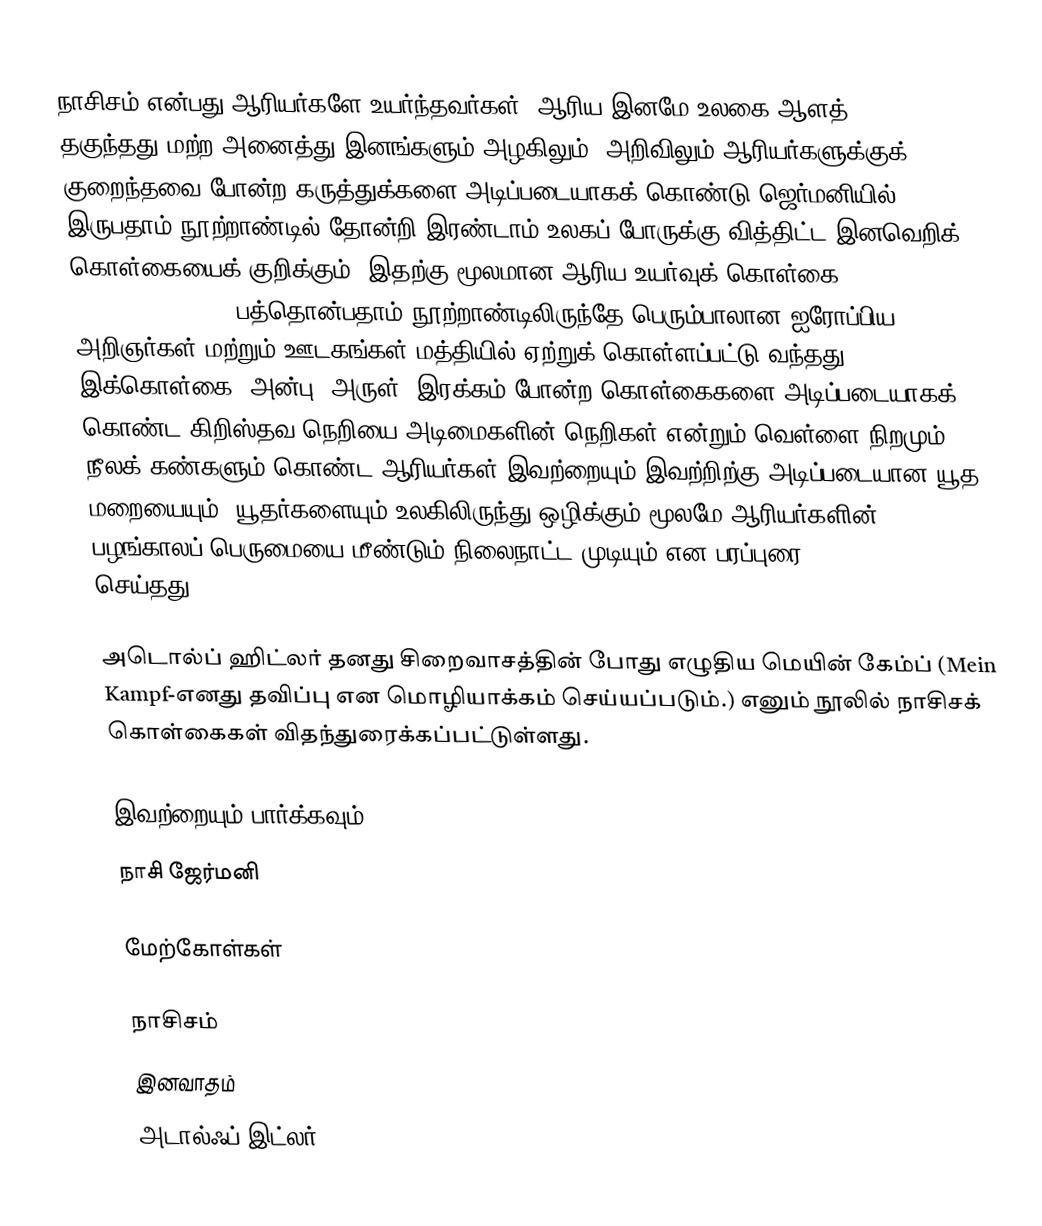
நாசிசம் என்பது ஆரியர்களே உயர்ந்தவர்கள், ஆரிய இனமே உலகை ஆளத் தகுந்தது;மற்ற அனைத்து இனங்களும் அழகிலும், அறிவிலும் ஆரியர்களுக்குக் குறைந்தவை போன்ற கருத்துக்களை அடிப்படையாகக் கொண்டு ஜெர்மனியில் இருபதாம் நூற்றாண்டில் தோன்றி இரண்டாம் உலகப் போருக்கு வித்திட்ட இனவெறிக் கொள்கையைக் குறிக்கும். இதற்கு மூலமான ஆரிய உயர்வுக் கொள்கை(Aryan Supremacy Theory) பத்தொன்பதாம் நூற்றாண்டிலிருந்தே பெரும்பாலான ஐரோப்பிய அறிஞர்கள் மற்றும் ஊடகங்கள் மத்தியில் ஏற்றுக் கொள்ளப்பட்டு வந்தது. இக்கொள்கை, அன்பு, அருள், இரக்கம் போன்ற கொள்கைகளை அடிப்படையாகக் கொண்ட கிறிஸ்தவ நெறியை அடிமைகளின் நெறிகள் என்றும் வெள்ளை நிறமும், நீலக் கண்களும் கொண்ட ஆரியர்கள் இவற்றையும் இவற்றிற்கு அடிப்படையான யூத மறையையும், யூதர்களையும் உலகிலிருந்து ஒழிக்கும் மூலமே ஆரியர்களின் பழங்காலப் பெருமையை மீண்டும் நிலைநாட்ட முடியும் என பரப்புரை(propaganda) செய்தது.

அடொல்ப் ஹிட்லர் தனது சிறைவாசத்தின் போது எழுதிய மெயின் கேம்ப் (Mein Kampf-எனது தவிப்பு என மொழியாக்கம் செய்யப்படும்.) எனும் நூலில் நாசிசக் கொள்கைகள் விதந்துரைக்கப்பட்டுள்ளது.

இவற்றையும் பார்க்கவும்
 நாசி ஜேர்மனி

மேற்கோள்கள்

நாசிசம்
இனவாதம்
அடால்ஃப் இட்லர்